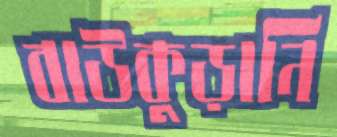
বাউকুড়ানি